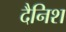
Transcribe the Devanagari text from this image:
दैनिश